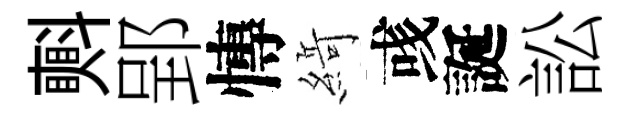
㪺郢慱𦂶彧誕訟